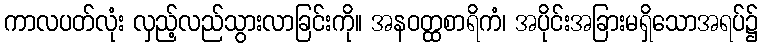
ကာလပတ်လုံး လှည့်လည်သွားလာခြင်းကို။ အနဝတ္ထစာရိကံ၊ အပိုင်းအခြားမရှိသောအရပ်၌